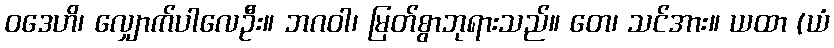
ဝဒေဟိ၊ လျှောက်ပါလေဦး။ ဘဂဝါ၊ မြတ်စွာဘုရားသည်။ တေ၊ သင်အား။ ယထာ (ယံ